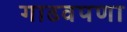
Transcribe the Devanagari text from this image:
गाढवपणा